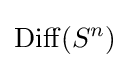
\mathrm {Diff} (S^{n})